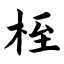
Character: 桎